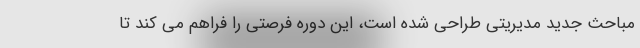
مباحث جدید مدیریتی طراحی شده است، این دوره فرصتی را فراهم می کند تا